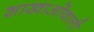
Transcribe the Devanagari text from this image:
शाखाओंवाली